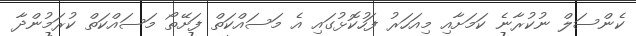
ކެންސަލް ނުކުރާނެ ކަމަށާއި މިއަހަރު ފަހުކޮޅުގައި އެ މަސައްކަތް ފަށޭތޯ މަސައްކަތް ކުރަމުންދާ